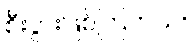
စီးပွားဖြစ်ကြတယ်။